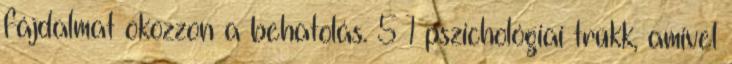
fájdalmat okozzon a behatolás. 5 1 pszichológiai trükk, amivel